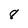
Character: 8